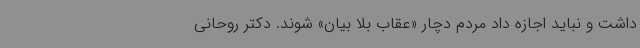
داشت و نباید اجازه داد مردم دچار «عقاب بلا بیان» شوند. دکتر روحانی